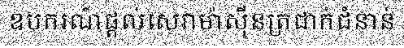
ឧបករណ៍ផ្តល់សេវាម៉ាស៊ីនត្រជាក់ជំនាន់